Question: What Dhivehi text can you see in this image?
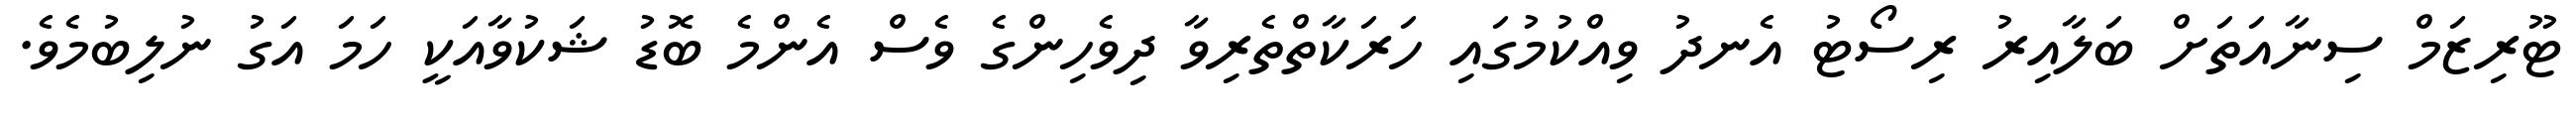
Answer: ޓޫރިޒަމް ސިނާއަތަށް ބަލާއިރު ރިސޯޓު އެނދު ވިއްކުމުގައި ހަރަކާތްތެރިވާ ދިވެހިންގެ ވެސް އެންމެ ބޮޑު ޝަކުވާއަކީ ހަމަ އަގު ނުލިބުމެވެ.